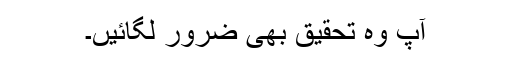
آپ وہ تحقیق بھی ضرور لگائیں۔